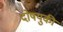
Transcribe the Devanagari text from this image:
दोषयुकी